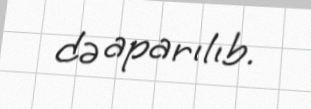
də aparılıb.